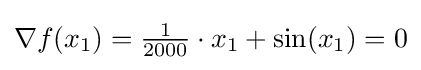
\nabla f(x_{1})={\tfrac {1}{2000}}\cdot x_{1}+\sin(x_{1})=0